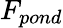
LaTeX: F_{pond}